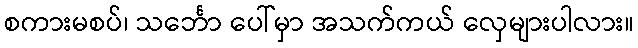
စကားမစပ်၊ သင်္ဘော ပေါ်မှာ အသက်ကယ် လှေများပါလား။